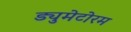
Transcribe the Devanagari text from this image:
ड्युमेटोरम